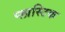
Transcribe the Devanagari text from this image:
प्‍लास्‍टिक